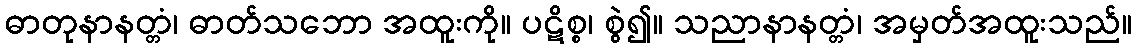
ဓာတုနာနတ္တံ၊ ဓာတ်သဘော အထူးကို။ ပဋိစ္စ၊ စွဲ၍။ သညာနာနတ္တံ၊ အမှတ်အထူးသည်။